Report on sanitation, dispensaries, and jails in Rajputana for 1918, and on vaccination for the year 1918-1919 - 1918-1919
Year: 1918
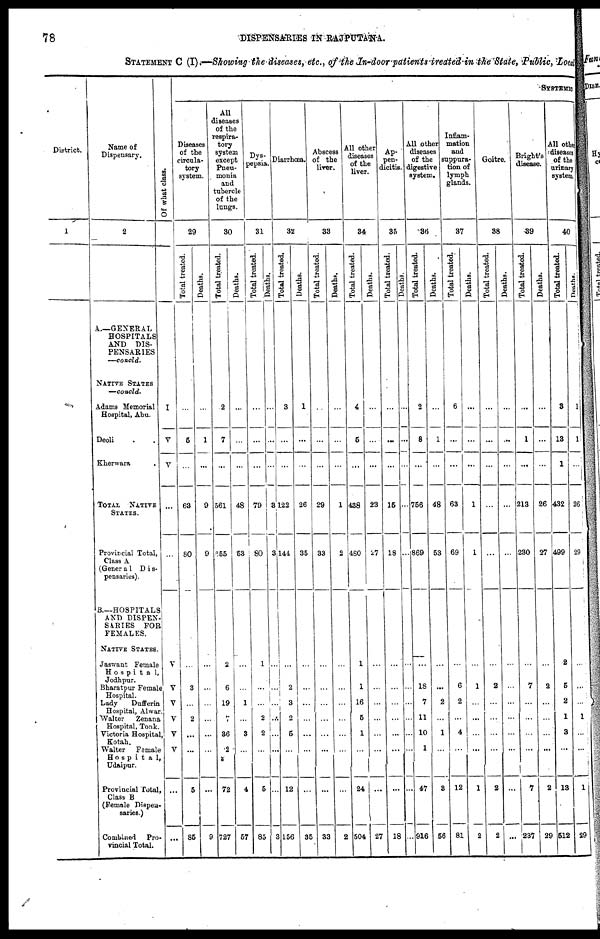
78
DISPENSARIES IN RAJPUTANA.
STATEMENT C (I).—Showing the diseases, etc., of the In-door patients treated in the State, Public, Local
District.
1
Name of
Dispensary.
2
A.—GENERAL
HOSPITALS
AND DIS-
PENSARIES
—concld.
NATIVE STATES
—concld.
Adams Memorial
Hospital, Abu.
Deoli . .
Kherwara .
TOTAL
NATIVE
STATES.
Provincial Total,
Class A
(General Dis¬
pensaries).
B.—HOSPITALS
AND DISPEN-
SARIES FOR
FEMALES.
NATIVE STATES.
Jaswant Female
Hospital,
Jodhpur.
Bharatpur Female
Hospital.
Lady
Dufferin
Hospital, Alwar.
Walter
Zenana
Hospital, Tonk.
Victoria Hospital,
Kotah.
Walter
Female
Hospital,
Udaipur.
Provincial Total,
Class B
(Female Dispen-
saries.)
Combined Pro-
vincial Total.
Of what class.
I
V
V
...
...
V
V
V
V
V
V
...
...
SYSTEMIC
Diseases
of the
circula-
tory
system.
29
Total treated.
...
5
...
63
80
...
3
...
2
...
...
5
85
Deaths.
...
1
...
9
9
...
...
...
...
...
...
...
9
All
diseases
of the
respira-
tory
system
except
Pneu-
monia
and
tubercle
of the
lungs.
30
Total treated.
2
7
...
561
655
2
6
19
7
36
2
72
727
Deaths.
...
...
...
48
53
...
...
1
...
3
...
4
57
Dys-
pepsia.
31
Total treated.
...
...
...
79
80
1
...
...
2
2
...
5
85
Deaths.
...
...
...
3
3
...
...
...
...
...
...
...
3
Diarrhœa.
32
Total treated.
3
...
...
122
144
...
2
3
2
5
...
12
156
Deaths.
1
...
...
26
35
...
...
...
...
...
...
...
35
Abscess
of the
liver.
33
Total treated.
...
...
...
29
33
...
...
...
...
...
...
...
33
Deaths.
...
...
...
1
2
...
...
...
...
...
...
...
2
All other
diseases
of the
liver.
34
Total treated.
4
5
...
438
480
1
...
16
5
1
...
24
504
Deaths.
...
...
...
23
27
...
...
...
...
...
...
...
27
Ap-
pen-
dicitis.
35
Total treated.
...
...
...
15
18
...
...
...
...
...
...
...
18
Deaths.
...
...
...
...
...
...
...
...
...
...
...
...
...
All other
diseases
of the
digestive
system.
36
Total treated.
2
8
...
756
869
...
18
7
11
10
1
47
916
Deaths.
...
1
...
48
53
...
...
2
...
1
...
3
56
Inflam-
mation
and
suppura-
tion of
lymph
glands.
37
Total treated.
6
...
...
63
69
...
6
2
...
4
...
12
81
Deaths.
...
...
...
1
1
...
1
...
...
...
...
1
2
Goitre.
38
Total treated.
...
...
...
...
...
...
2
...
...
...
...
2
2
Deaths.
...
...
...
...
...
...
...
...
...
...
...
...
...
Bright's
disease.
39
Total treated.
...
1
...
213
230
...
7
...
...
...
...
7
237
Deaths.
...
...
...
26
27
...
2
...
...
...
...
2
29
All other
diseases
of the
urinary
system
40
Total treated.
3
13
1
432
499
2
5
2
1
3
...
13
512
Deaths.
1
1
...
26
29
...
...
...
1
...
...
1
29